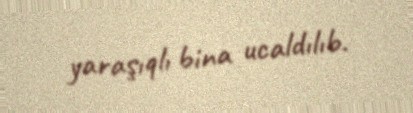
yaraşıqlı bina ucaldılıb.